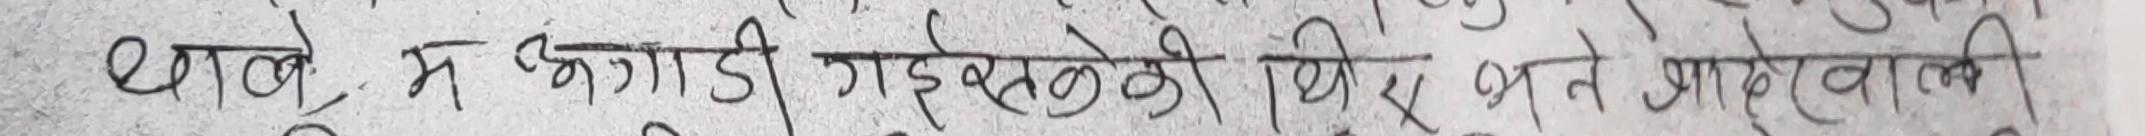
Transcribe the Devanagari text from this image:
थाले, म झांगड़ी गाइले की थिए भने आउनेवाली